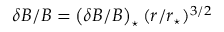
\delta B / B = \left( \delta B / B \right) _ { \star } ( r / r _ { \star } ) ^ { 3 / 2 }